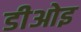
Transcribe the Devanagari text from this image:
डीओइ